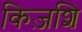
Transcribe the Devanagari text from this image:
किज़शि